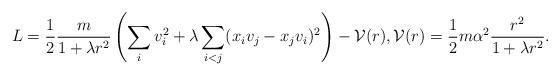
LaTeX: \begin{align*} L = \frac{1}{2}\frac{m}{1+\lambda r^2} \left(\sum_i v_i^2 + \lambda \sum_{i<j} (x_iv_j - x_jv_i)^2\right) - {\cal V}(r), {\cal V}(r) =\frac{1}{2} m \alpha^2 \frac{r^2}{1+\lambda r^2}. \end{align*}